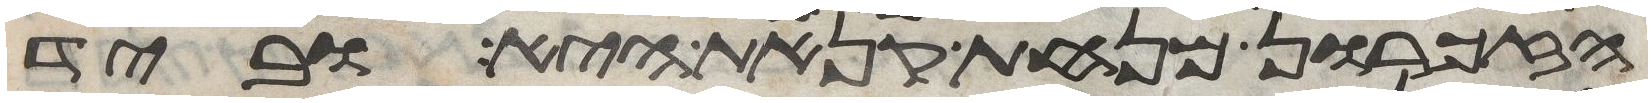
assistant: הזכרון מנחת קנאת היא וביד